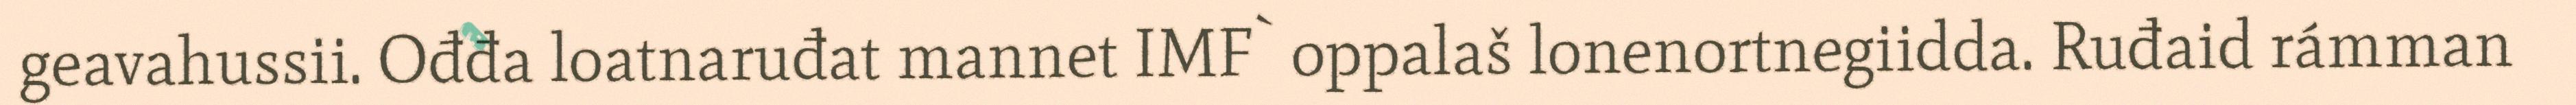
geavahussii. Ođđa loatnaruđat mannet IMF` oppalaš lonenortnegiidda. Ruđaid rámman